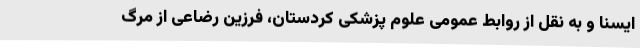
ایسنا و به نقل از روابط عمومی علوم پزشکی کردستان، فرزین رضاعی از مرگ